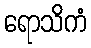
ရောသိကံ